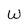
Character: w